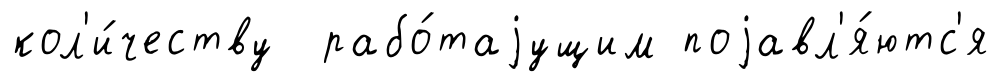
кол'и́честву рабо́таjущим поjавл'я́ютс'я